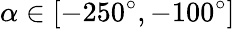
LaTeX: \alpha\in[-250^{\circ},-100^{\circ}]